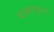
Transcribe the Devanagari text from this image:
परमाणुस्तर